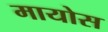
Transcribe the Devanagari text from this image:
मायोस